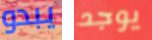
يبدو يوجد